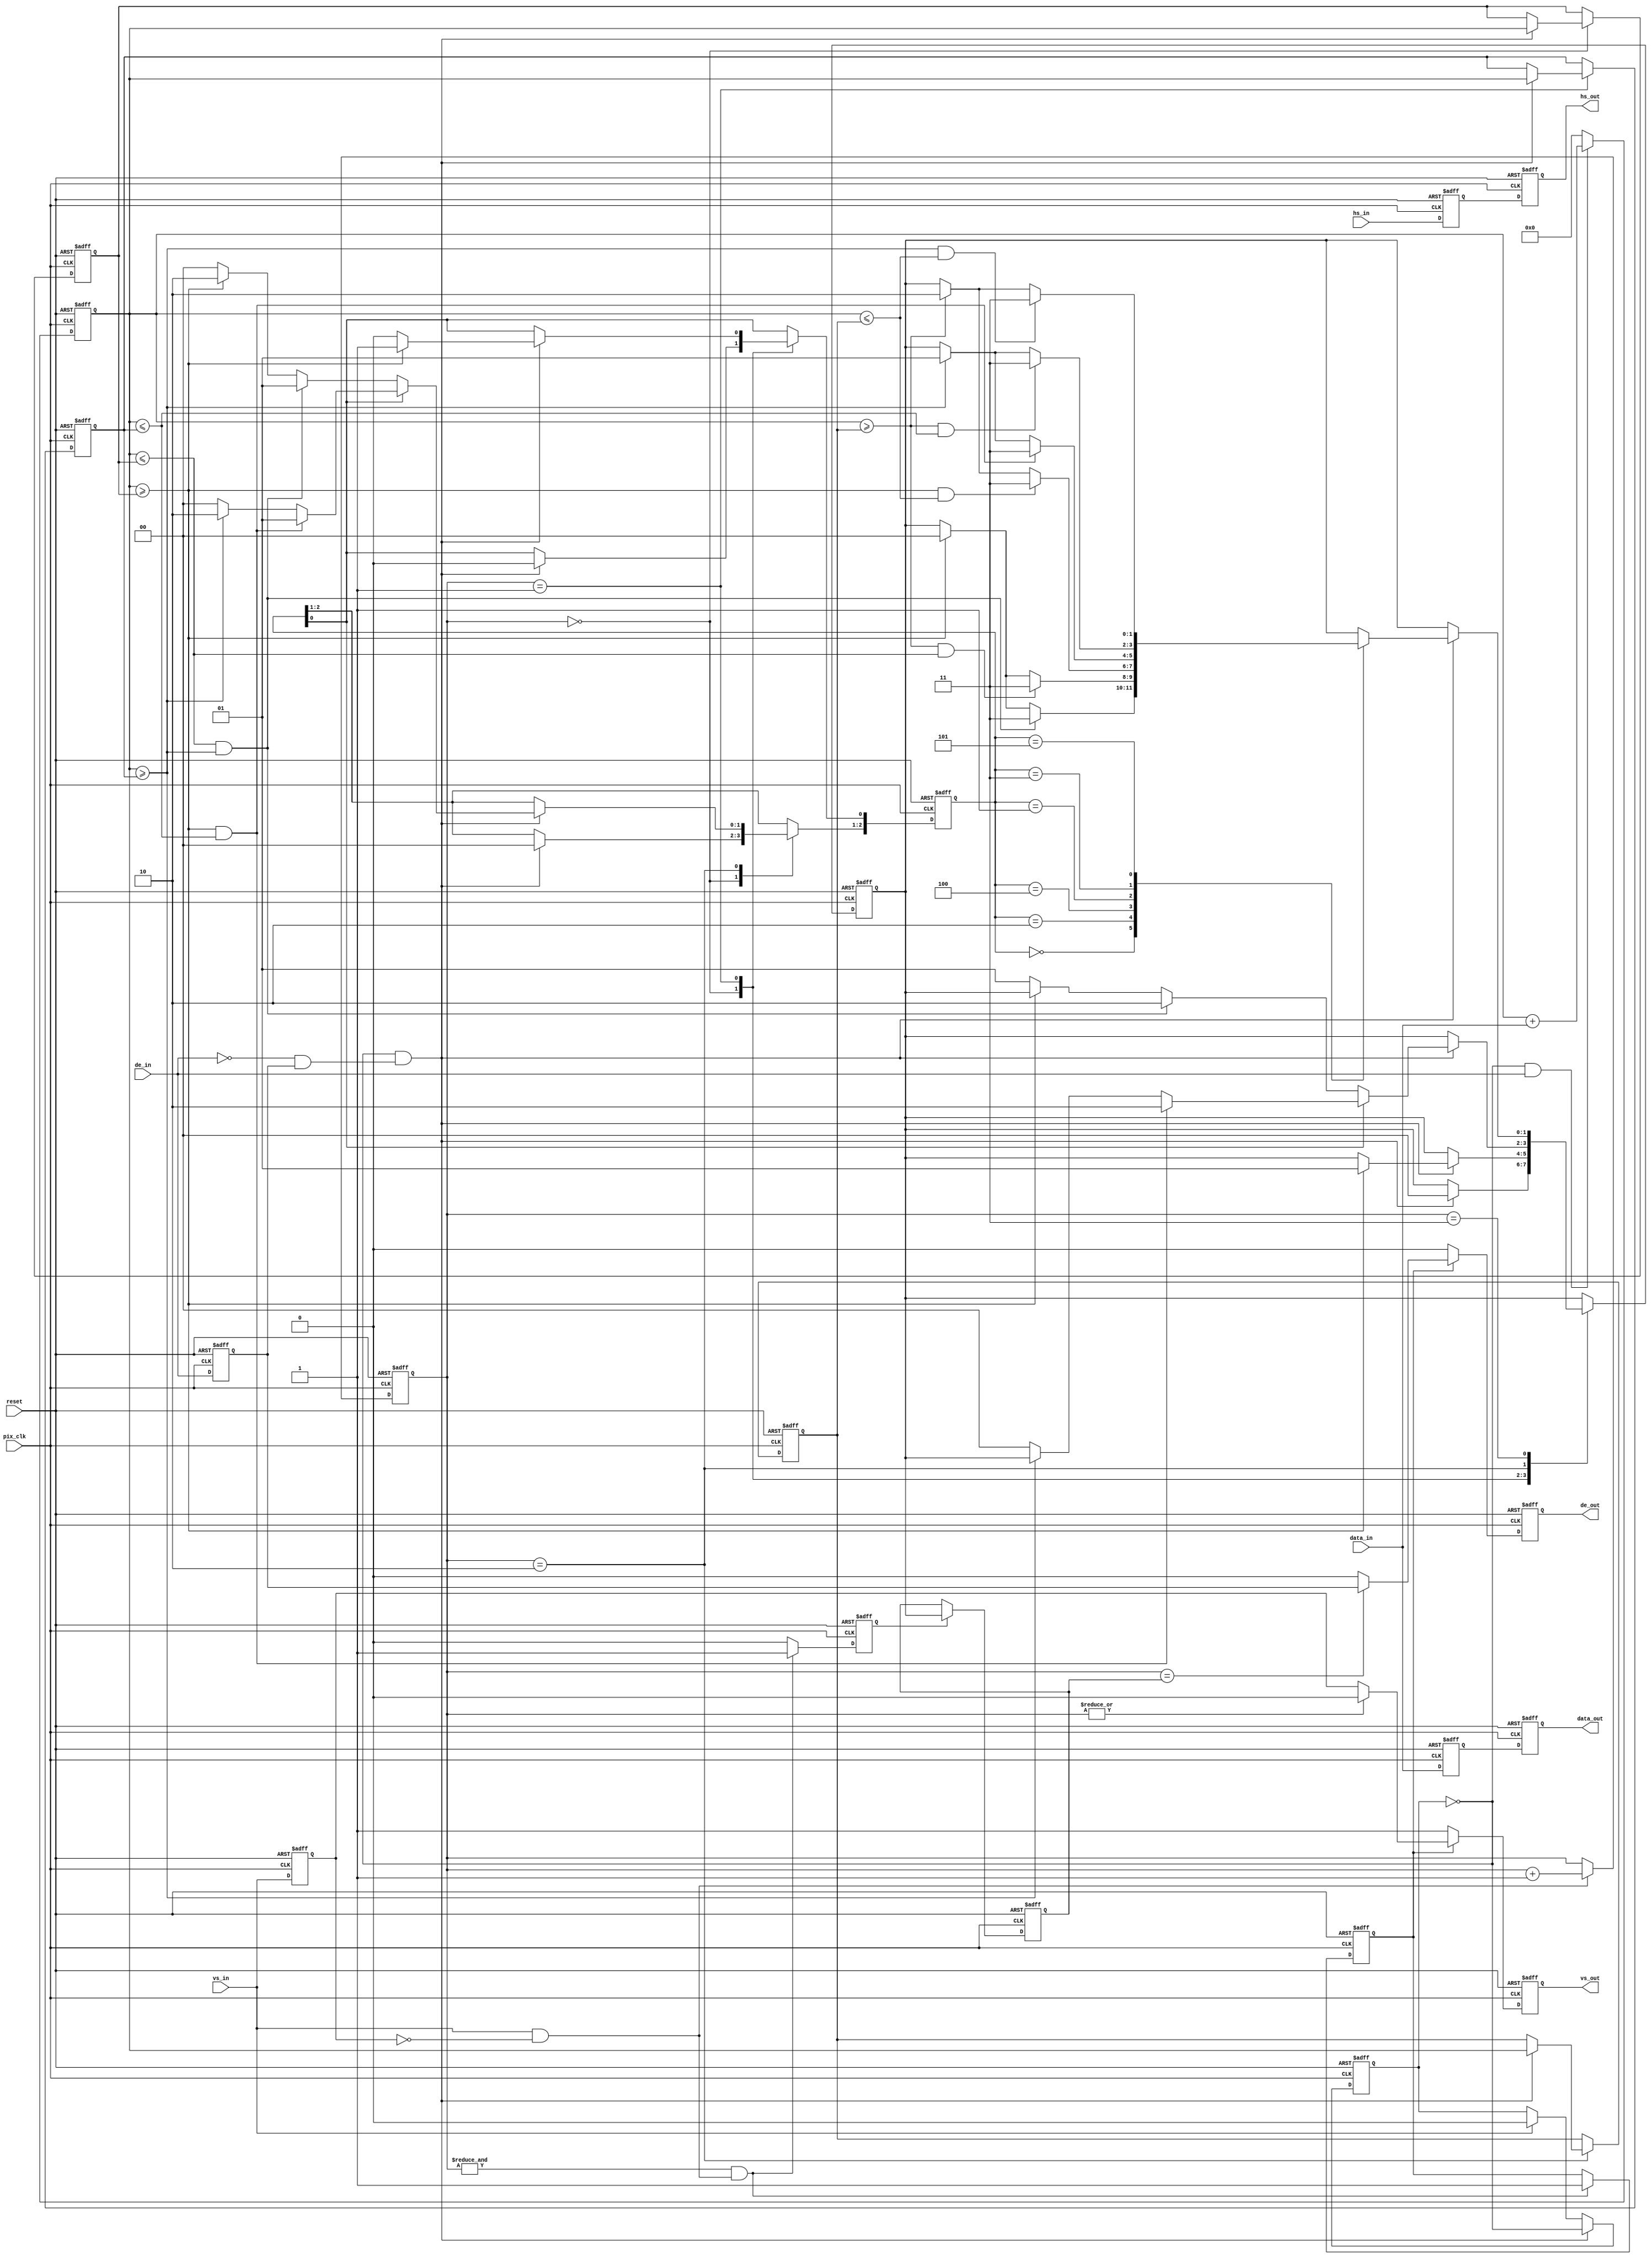

`timescale 1ps / 1ps
//================================================================================ 
//--------------------------------------------------------------------------------
// Project Name   : hdr_ae_signal
// Target Devices : XC7K325T-2FFG900
// Tool versions  : ISE 14.7 (64-bit)
//--------------------------------------------------------------------------------
// Description    : Fractal Memoryless Comparametric LUT
//--------------------------------------------------------------------------------
// Revision: 
// Revision 0.01 - File Created
// Additional Comments: 
//================================================================================ 

// =============================================================================
// RTL Header
// =============================================================================
module hdr_ae_signal
#(
  parameter  C_DATA_WIDTH   = 8
)
(
  // system signal
  input   wire                    reset   ,
  input   wire                    pix_clk ,
  // data input
  input   wire                    vs_in   ,
  input   wire                    hs_in   ,
  input   wire                    de_in   ,
  input   wire [C_DATA_WIDTH-1:0] data_in , 
  // data output
  output  reg                     vs_out  ,
  output  reg                     hs_out  ,
  output  reg                     de_out  ,
  output  reg  [C_DATA_WIDTH-1:0] data_out
);
	
	
	// =============================================================================
	// Internal signal
	// =============================================================================
	reg  [1:0]              vs_d; 
  reg  [1:0]              hs_d; 
  reg  [1:0]              de_d; 
  reg  [C_DATA_WIDTH-1:0] data_d1;
  wire                    data_sum_valid;
  reg  [18:0]             data_sum;
  reg  [18:0]             data_sum0;
  reg  [18:0]             data_sum1;
  reg  [18:0]             data_sum2;
  reg  [1:0]              frames_num;
  reg                     frames_num_valid;
  reg  [1:0]              frames_num_r;
  reg  [2:0]              compare_r;
  
  wire                    vs_ps;
  reg  [1:0]              vs_cnt;
  wire                    de_ns;
  reg                     line_div;
  reg                     output_valid_flag;
  

	// =============================================================================
	// RTL Body
	// =============================================================================
  always@(posedge pix_clk or posedge reset)
	begin
		if(reset)
		begin
			vs_d   <= {2{1'b1}}; 
  		hs_d   <= {2{1'b1}}; 
  		de_d   <= {2{1'b0}};
  		data_d1<= 0;
		end
		else
		begin
			vs_d   <= {vs_d[0],vs_in}; 
  		hs_d   <= {hs_d[0],hs_in}; 
  		de_d   <= {de_d[0],de_in};
  		data_d1<= data_in;
		end
	end
  
  assign de_ns = ~de_in & de_d[0];
  assign vs_ps = vs_in & ~vs_d[0];
  
  always@(posedge pix_clk or posedge reset)
	begin
		if(reset)
		begin
			vs_cnt <= 2'b00; 
		end
		else if(vs_ps)
		begin
			vs_cnt <= vs_cnt + 1'b1;
		end
	end
	
	always@(posedge pix_clk or posedge reset)
	begin
		if(reset)
		begin
			output_valid_flag <= 1'b0;
		end
		else if(&vs_cnt & vs_ps)
		begin
			output_valid_flag <= 1'b1;
		end
	end
	
	assign data_sum_valid = ~line_div & de_ns;
	
	always@(posedge pix_clk or posedge reset)
	begin
		if(reset)
		begin
			line_div <= 1'b0; 
		end
		else if(data_sum_valid)
		begin
			line_div <= ~line_div;
		end
		else if(vs_in)
		begin
			line_div <= 1'b0; 
		end
	end
	
	always@(posedge pix_clk or posedge reset)
	begin
		if(reset)
		begin
			data_sum <= 0; 
		end
		else if(~line_div & de_in)
		begin
			data_sum <= data_sum + data_in;
		end
		else
		begin
			data_sum <= 0;
		end
	end
	
	always@(posedge pix_clk or posedge reset)
	begin
		if(reset)
		begin
			data_sum0 <= 0;
			data_sum1 <= 0;
			data_sum2 <= 0;
			
			frames_num<= 0;
			compare_r <= 0;
		end
		else
		begin
			case(vs_cnt)
				2'b00:
				begin
					if(data_sum_valid)
					begin
						data_sum0 <= data_sum;
						frames_num<= 2'd0;
						compare_r <= 3'd0;
					end
				end				
				2'b01:
				begin
					if(data_sum_valid)
					begin
						data_sum1 <= data_sum;
						if(data_sum >= data_sum0)
						begin
							frames_num<= 2'd1;
							compare_r[0] <= 1'b1;
						end
						else
						begin
							compare_r[0] <= 1'b0;
						end
					end
				end
				2'b10:
				begin
					if(data_sum_valid)
					begin
						data_sum2 <= data_sum;
						if(~compare_r[0])
						begin
							if(data_sum <= data_sum0 & data_sum >= data_sum1)
							begin
								frames_num<= 2'd2;
								compare_r[2:1] <= 2'b01;
							end
							else if(data_sum >= data_sum0)
							begin
								compare_r[2:1] <= 2'b10;
							end
							else
							begin
								compare_r[2:1] <= 2'b00;
								frames_num<= 2'd1;
							end
						end
						else if(compare_r[0])
						begin
							if(data_sum >= data_sum0 & data_sum <= data_sum1)
							begin
								frames_num<= 2'd2;
								compare_r[2:1] <= 2'b01;
							end
							else if(data_sum >= data_sum1)
							begin
								compare_r[2:1] <= 2'b10;
							end
							else
							begin
								compare_r[2:1] <= 2'b00;
								frames_num<= 2'd0;
							end
						end						
					end
				end
				2'b11:
				begin
					if(data_sum_valid)
					begin
						case(compare_r)
							3'b000:
							begin
								if(data_sum >= data_sum1 & data_sum <= data_sum0)
								begin
									frames_num<= 2'd3;
								end
								else if(data_sum >= data_sum0)
								begin
									frames_num<= 2'd0;
								end
							end
							
							3'b010:
							begin
								if(data_sum >= data_sum2 & data_sum <= data_sum0)
								begin
									frames_num<= 2'd3;
								end
								else if(data_sum >= data_sum0)
								begin
									frames_num<= 2'd0;
								end
							end
							
							3'b100:
							begin
								if(data_sum >= data_sum0 & data_sum <= data_sum2)
								begin
									frames_num<= 2'd3;
								end
								else if(data_sum >= data_sum2)
								begin
									frames_num<= 2'd2;
								end
							end
							
							3'b001:
							begin
								if(data_sum >= data_sum0 & data_sum <= data_sum1)
								begin
									frames_num<= 2'd3;
								end
								else if(data_sum >= data_sum1)
								begin
									frames_num<= 2'd1;
								end
							end
							
							3'b011:
							begin
								if(data_sum >= data_sum2 & data_sum <= data_sum1)
								begin
									frames_num<= 2'd3;
								end
								else if(data_sum >= data_sum1)
								begin
									frames_num<= 2'd1;
								end
							end
							
							3'b101:
							begin
								if(data_sum >= data_sum1 & data_sum <= data_sum2)
								begin
									frames_num<= 2'd3;
								end
								else if(data_sum >= data_sum2)
								begin
									frames_num<= 2'd2;
								end
							end
							
							default:
							begin
								
							end
						endcase
					end
				end
			endcase
		end
	end
	
	always@(posedge pix_clk or posedge reset)
	begin
		if(reset)
		begin
			frames_num_valid <= 1'b0;
		end
		else if(&vs_cnt & vs_ps)
		begin
			frames_num_valid <= 1'b1;
		end
		else
		begin
			frames_num_valid <= 1'b0;
		end
	end
	
	always@(posedge pix_clk or posedge reset)
	begin
		if(reset)
		begin
			frames_num_r <= 2'b00;
		end
		else if(frames_num_valid)
		begin
			frames_num_r <= frames_num;
		end
	end
	
	always@(posedge pix_clk or posedge reset)
	begin
		if(reset)
		begin
			vs_out   <= 1'b1;
			hs_out   <= 1'b1;
			de_out   <= 1'b0;
			data_out <= 0;
		end
		else
		begin
			if(output_valid_flag)
			begin
				if(~(|vs_cnt))
				begin
					vs_out   <= vs_d[0];
				end
				else
				begin
					vs_out   <= 1'b0;
				end
			end
			else
			begin
				vs_out   <= 1'b1;
			end
			
			if(output_valid_flag)
			begin
				if(vs_cnt == frames_num_r)
				begin
					de_out   <= de_d[0];
				end
				else
				begin
					de_out   <= 1'b0;
				end
			end
			else
			begin
				de_out   <= 1'b0;
			end
			
			hs_out   <= hs_d[0];
			data_out <= data_d1;		
		end
	end
	
endmodule